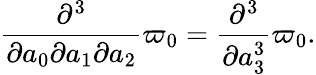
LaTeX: \frac{\partial^{3}}{\partial a_{0}\partial a_{1}\partial a_{2}}\varpi_{0}=\frac{\partial^{3}}{\partial a_{3}^{3}}\varpi_{0}.